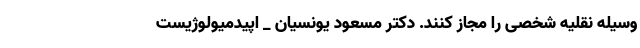
وسیله نقلیه شخصی را مجاز کنند. دکتر مسعود یونسیان _ اپیدمیولوژیست